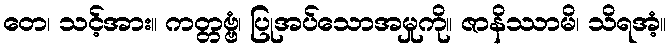
တေ၊ သင့်အား။ ကတ္တဗ္ဗံ၊ ပြုအပ်သောအမှုကို။ ဇာနိဿာမိ၊ သိရအံ့။